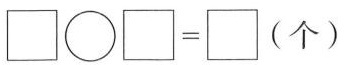
$$\Box \bigcirc \Box = \Box$$(个)